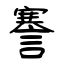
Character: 謇